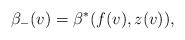
LaTeX: \begin{align*} \beta_-(v)=\beta^\ast(f(v),z(v)),\end{align*}